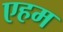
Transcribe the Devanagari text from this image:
एहम